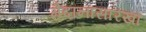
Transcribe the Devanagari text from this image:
मैदानासारखा